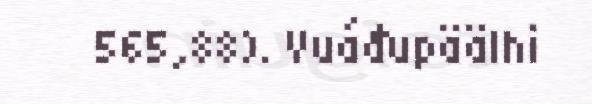
565,88). Vuáđupäälhi